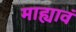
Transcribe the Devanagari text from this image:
माह्यावं